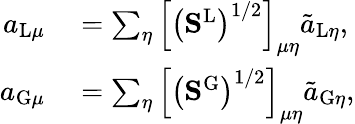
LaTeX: \begin{array}{rl}{a_{\mathrm{L}\mu}}&{{}=\sum_{\eta}\left[\left(\mathbf{S}^{\mathrm{L}}\right)^{1/2}\right]_{\mu\eta}\tilde{a}_{\mathrm{L}\eta},}\\ {a_{\mathrm{G}\mu}}&{{}=\sum_{\eta}\left[\left(\mathbf{S}^{\mathrm{G}}\right)^{1/2}\right]_{\mu\eta}\tilde{a}_{\mathrm{G}\eta},}\end{array}